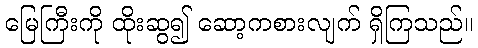
မြေကြီးကို ထိုးဆွ၍ ဆော့ကစားလျက် ရှိကြသည်။